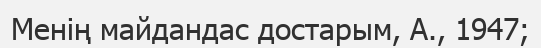
Менің майдандас достарым, А., 1947;